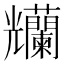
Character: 𠓚